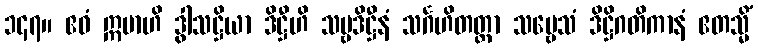
၁၄၇။ ဧဝံ ဣမာဟိ ဒွါသဋ္ဌိယာ ဒိဋ္ဌီဟိ သဗ္ဗဒိဋ္ဌီနံ သင်္ဂဟိတတ္တာ သဗ္ဗေသံ ဒိဋ္ဌိဂတိကာနံ ဧတသ္မိံ